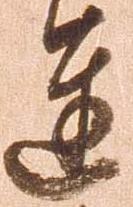
達